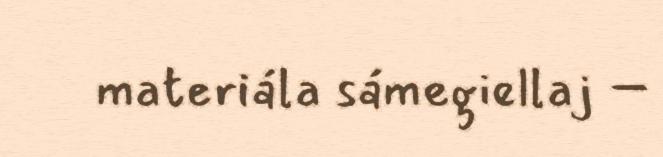
materiála sámegiellaj –